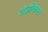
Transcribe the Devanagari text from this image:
रोज़ेन्किस्ट